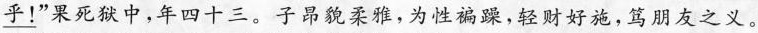
\underline{乎！}”果死狱中，年四十三。子昂貌柔雅，为性褊躁，轻财好施，笃朋友之义。